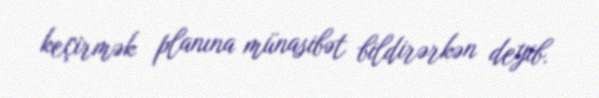
keçirmək planına münasibət bildirərkən deyib.